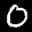
Label: 0